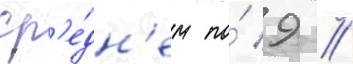
ср'е́дн'ем по́ 9 /